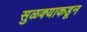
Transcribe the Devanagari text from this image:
सुळक्याकडून